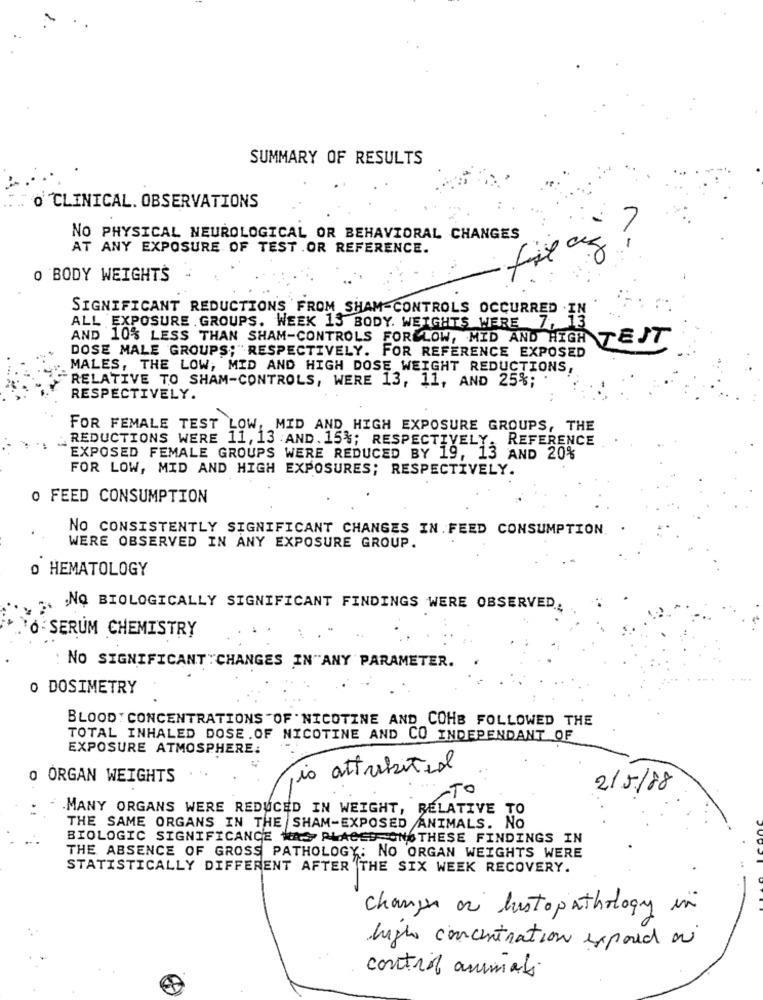
SUMMARY OF RESULTS
O CLINICAL. OBSERVATIONS
NO PHYSICAL NEUROLOGICAL OR BEHAVIORAL CHANGES
n-
AT ANY EXPOSURE OF TEST . OR REFERENCE.
O BODY WEIGHTS
SIGNIFICANT REDUCTIONS FROM SHAM-CONTROLS OCCURRED .IN
13
ALL EXPOSURE . GROUPS. WEEK 13 BODY. WEIGHTS WERE 7,
AND 10% LESS THAN SHAM-CONTROLS FOR LOW, MID AND HIGH TEST
DOSE MALE GROUPS; "RESPECTIVELY. FOR REFERENCE EXPOSED
MALES, THE LOW, MID AND HIGH DOSE WEIGHT REDUCTIONS,
RELATIVE TO SHAM-CONTROLS, WERE 13, 11, AND 25%;
RESPECTIVELY.
FOR FEMALE TEST LOW, MID AND HIGH EXPOSURE GROUPS, THE
REDUCTIONS WERE 11, 13 .AND. 15%; RESPECTIVELY. REFERENCE
EXPOSED FEMALE GROUPS WERE REDUCED BY 19, 13 AND 20%
FOR LOW, MID AND HIGH EXPOSURES; RESPECTIVELY.
o FEED CONSUMPTION
NO CONSISTENTLY SIGNIFICANT CHANGES IN. FEED CONSUMPTION.
WERE OBSERVED IN ANY EXPOSURE GROUP.
o HEMATOLOGY
NQ BIOLOGICALLY SIGNIFICANT FINDINGS WERE OBSERVED.
O SERUM CHEMISTRY
NO SIGNIFICANT CHANGES IN"ANY PARAMETER.
O DOSIMETRY
BLOOD : CONCENTRATIONS "OF " NICOTINE AND COHB FOLLOWED THE
TOTAL INHALED DOSE. OF NICOTINE AND CO INDEPENDANT OF
EXPOSURE ATMOSPHERE:
,io attributed
0 ORGAN WEIGHTS
TO
2/5/88
.MANY ORGANS WERE REDUCED IN WEIGHT, RELATIVE TO
THE SAME ORGANS IN THE SHAM-EXPOSED ANIMALS. NO
BIOLOGIC SIGNIFICANCE WAS PLACED ONO THESE FINDINGS IN
THE ABSENCE OF GROSS PATHOLOGY: NO ORGAN WEIGHTS WERE
STATISTICALLY DIFFERENT AFTER THE SIX WEEK RECOVERY.
changer ar histopathology in
high concentration exposed a
control animali